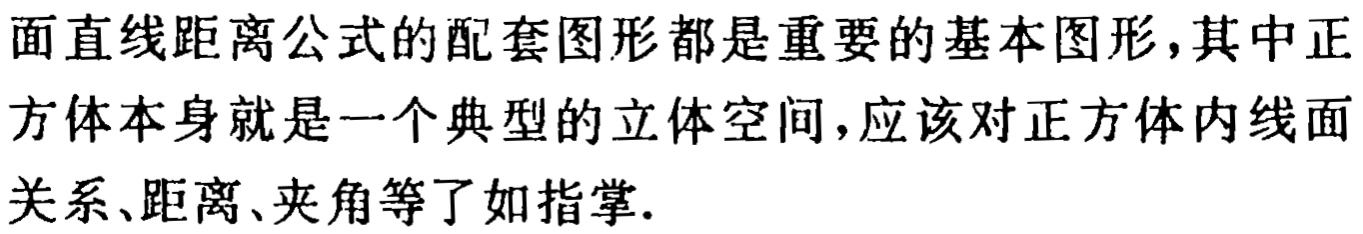
面直线距离公式的配套图形都是重要的基本图形,其中正方体本身就是一个典型的立体空间,应该对正方体内线面关系、距离、夹角等了如指掌.